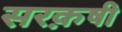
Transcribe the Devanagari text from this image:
सरक़षी